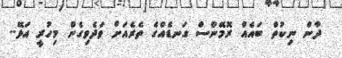
ދާން ނިކުތް ބައެއް ރޮމޭންސް ގަނޑެއްގެ ތެރެއަށް ވަދެވިގެން މިހުރީ އަޅޭ..